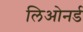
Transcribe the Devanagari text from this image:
लिओनर्ड